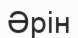
Әрін